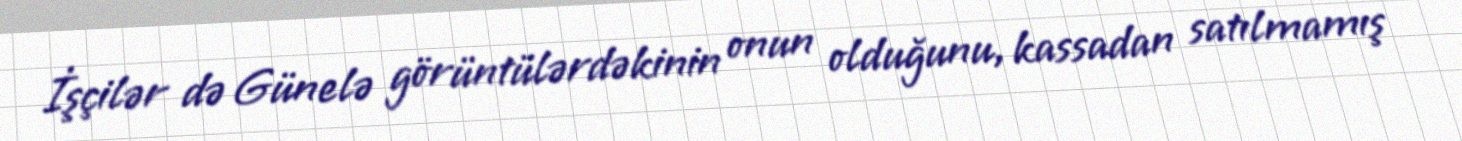
İşçilər də Günelə görüntülərdəkinin onun olduğunu, kassadan satılmamış